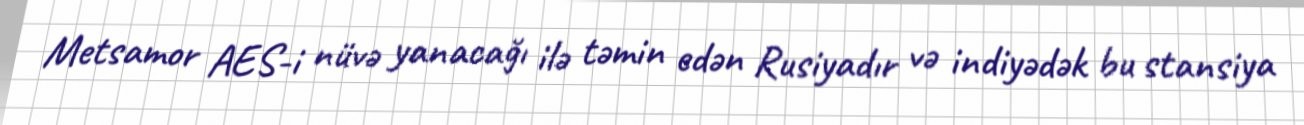
Metsamor AES-i nüvə yanacağı ilə təmin edən Rusiyadır və indiyədək bu stansiya